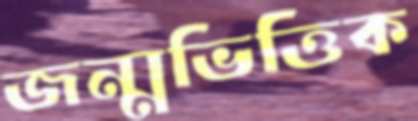
জন্মভিত্তিক